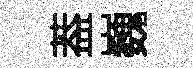
葢巍